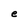
Character: e